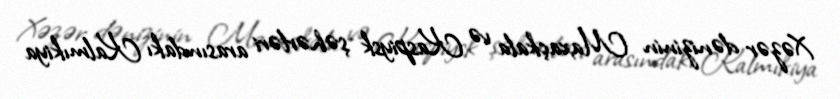
Xəzər dənizinin Maxaçkala və Kaspiysk şəhərləri arasındakı Kalmıkiya